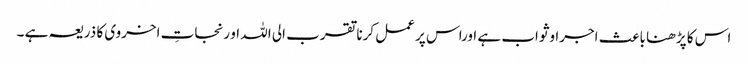
اس کا پڑھنا باعث اجراوثواب ہے اوراس پر عمل کرنا تقرب الی اللہ او رنجاتِ اخروی کا ذریعہ ہے ۔